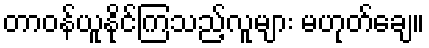
တာဝန်ယူနိုင်ကြသည့်လူများ မဟုတ်ချေ။